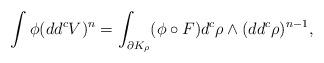
LaTeX: \begin{align*} \int \phi (dd^cV)^{n} = \int_{\partial K_{\rho}} (\phi\circ F)d^c\rho\wedge(dd^c\rho)^{n-1},\end{align*}